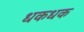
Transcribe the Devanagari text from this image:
धकधक